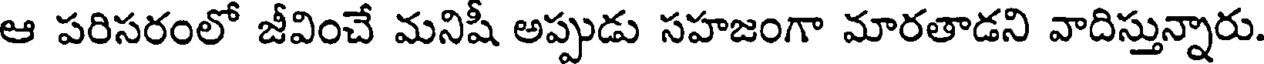
ఆ పరిసరంలో జీవించే మనిషీ అప్పుడు సహజంగా మారతాడని వాదిస్తున్నారు